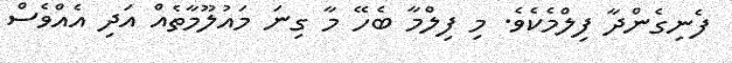
ފެނިގެންދާ ފިލްމެކެވެ. މި ފިލްމާ ބެހޭ މާ ގިނަ މައުލޫމާތެއް އަދި އެއްވެސް